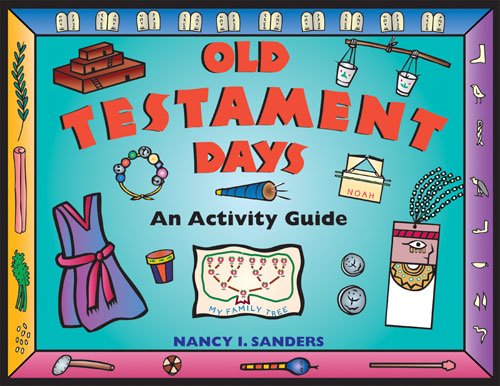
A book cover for Old Testament Days: An Activity Guide (Hands-On History); Nancy  I. Sanders; Christian Books & Bibles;